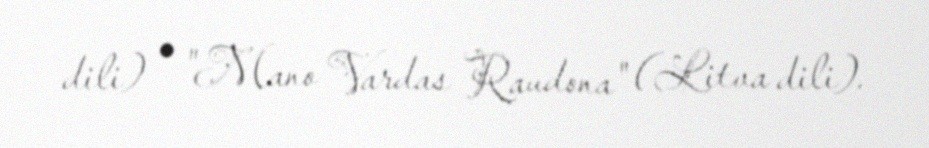
dili) • "Mano Vardas Raudona" (Litva dili).